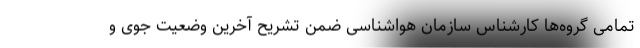
تمامی گروه‌ها کارشناس سازمان هواشناسی ضمن تشریح آخرین وضعیت جوی و